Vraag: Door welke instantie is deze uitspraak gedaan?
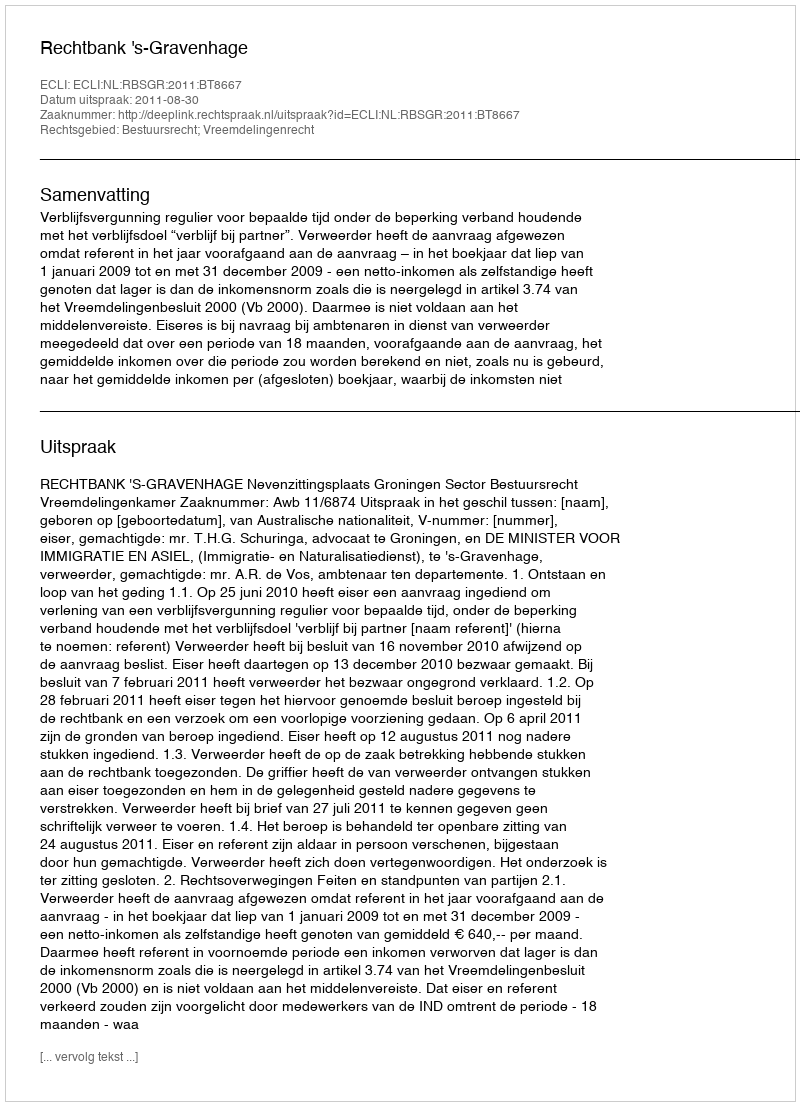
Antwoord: Rechtbank 's-Gravenhage